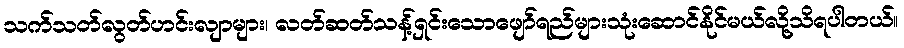
သက်သတ်လွတ်ဟင်းလျာများ၊ လတ်ဆတ်သန့်ရှင်းသောဖျော်ရည်များသုံးဆောင်နိုင်မယ်လို့သိရပါတယ်။